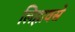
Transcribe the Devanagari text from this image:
लिहावसे